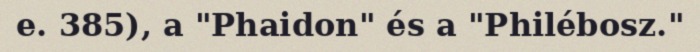
e. 385), a "Phaidon" és a "Philébosz."